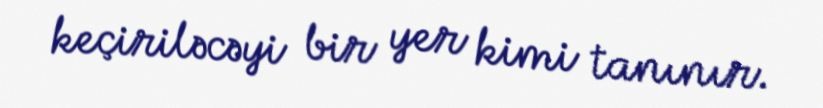
keçiriləcəyi bir yer kimi tanınır.